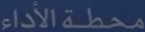
محطة الأداء